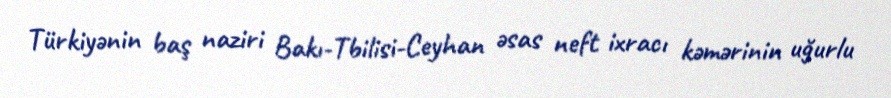
Türkiyənin baş naziri Bakı-Tbilisi-Ceyhan əsas neft ixracı kəmərinin uğurlu